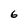
Character: 6